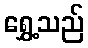
ရွှေ့သည်